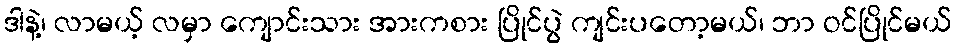
ဒါနဲ့၊ လာမယ့် လမှာ ကျောင်းသား အားကစား ပြိုင်ပွဲ ကျင်းပတော့မယ်၊ ဘာ ဝင်ပြိုင်မယ်